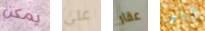
يمكن علي عقار آباد